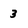
Character: 3